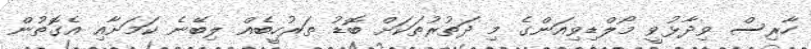
ހާރިސް ވިދާޅުވީ މޯލްޑިވިއަންގެ މި ދަތުރުތަކަށް ބޮޑު ތަރުހީބެއް ލިބޭނެ ކަމަށާއި އެގޮތުން